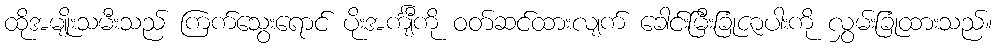
ထိုအမျိုးသမီးသည် ကြက်သွေးရောင် ပိုးအင်္ကျီကို ဝတ်ဆင်ထားလျက် ခေါင်းမြီးခြုံဇာပါးကို လွှမ်းခြုံထားသည်။